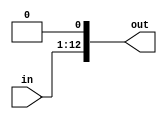
module leftshifter1(
    input [11:0] in,
    output [12:0] out
    );
	
	assign out = in << 1;
		

endmodule